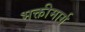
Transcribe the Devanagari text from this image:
भक्तीमार्ग